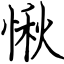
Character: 愀